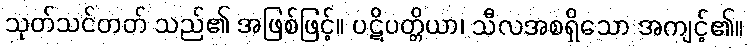
သုတ်သင်တတ် သည်၏ အဖြစ်ဖြင့်။ ပဋိပတ္တိယာ၊ သီလအစရှိသော အကျင့်၏။